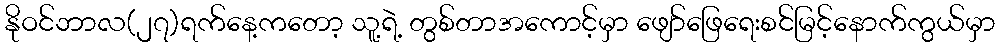
နိုဝင်ဘာလ(၂၇)ရက်နေ့ကတော့ သူ့ရဲ့ တွစ်တာအကောင့်မှာ ဖျော်ဖြေရေးစင်မြင့်နောက်ကွယ်မှာ